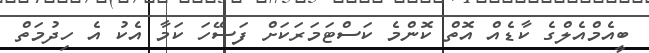
ބީއެމްއެލްގެ ކާޑެއް އޮތް ކޮންމެ ކަސްޓަމަރަކަށް ފަސޭހަ ކަމާ އެކު އެ ހިދުމަތް